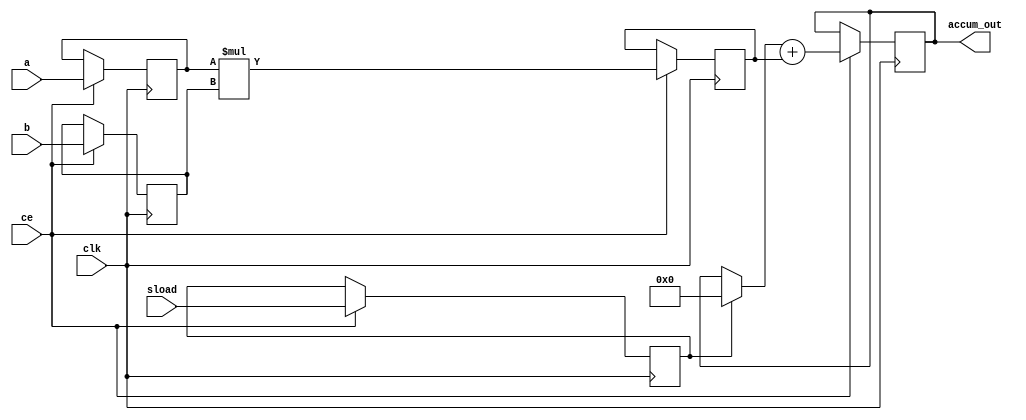
module macc # (parameter SIZEIN = 16, SIZEOUT = 40) (
	input clk, ce, sload,
	input signed [SIZEIN-1:0] a, b,
	output signed [SIZEOUT-1:0] accum_out
);
// Declare registers for intermediate values
reg signed [SIZEIN-1:0] a_reg = 0, b_reg = 0;
reg sload_reg = 0;
reg signed [2*SIZEIN-1:0] mult_reg = 0;
reg signed [SIZEOUT-1:0] adder_out = 0, old_result;
always @* /*(adder_out or sload_reg)*/ begin // Modification necessary to fix sim/synth mismatch
	if (sload_reg)
		old_result <= 0;
	else
		// 'sload' is now active (=low) and opens the accumulation loop.
		// The accumulator takes the next multiplier output in
		// the same cycle.
		old_result <= adder_out;
end

always @(posedge clk)
	if (ce)
	begin
		a_reg <= a;
		b_reg <= b;
		mult_reg <= a_reg * b_reg;
		sload_reg <= sload;
		// Store accumulation result into a register
		adder_out <= old_result + mult_reg;
	end

// Output accumulation result
assign accum_out = adder_out;

endmodule